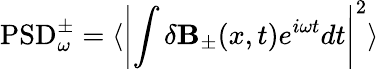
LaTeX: \mathrm{PSD}_{\omega}^{\pm}=\langle\left|\int\delta{\mathbf B}_{\pm}(x,t)e^{i\omega t}dt\right|^{2}\rangle